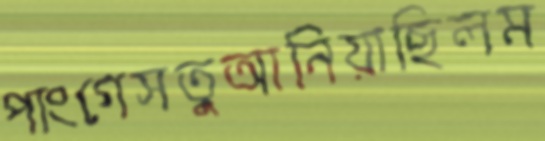
পাংগেসতুআনিয়াছিলম